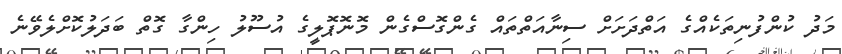
މަދު ކުންފުނިތަކެއްގެ އަތްދަށަށް ސިނާއަތްތައް ގެންގޮސްގެން މޮނޮޕޮލީގެ އުސޫލު ހިންގާ ގޮތް ބަދަލުކޮށްލެވޭނެ